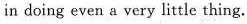
in doing even a very little thing.